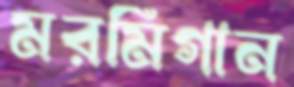
মরমিগান